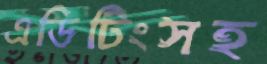
এডিটিংসহ